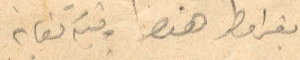
بقرا مطر هذه وثيقة كفاية